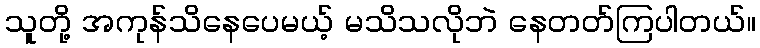
သူတို့ အကုန်သိနေပေမယ့် မသိသလိုဘဲ နေတတ်ကြပါတယ်။